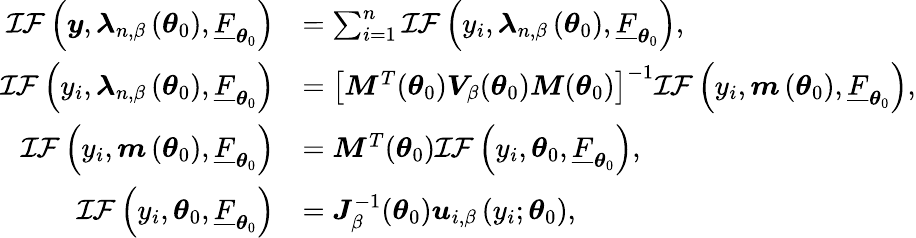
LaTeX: \begin{array}{rl}{\mathcal{IF}\left(\boldsymbol{y},\boldsymbol{\lambda}_{n,\beta}\left(\boldsymbol{\theta}_{0}\right),\underline{{F}}_{\boldsymbol{\theta}_{0}}\right)}&{=\sum_{i=1}^{n}\mathcal{IF}\left(y_{i},\boldsymbol{\lambda}_{n,\beta}\left(\boldsymbol{\theta}_{0}\right),\underline{{F}}_{\boldsymbol{\theta}_{0}}\right),}\\ {\mathcal{IF}\left(y_{i},\boldsymbol{\lambda}_{n,\beta}\left(\boldsymbol{\theta}_{0}\right),\underline{{F}}_{\boldsymbol{\theta}_{0}}\right)}&{=\left[\boldsymbol{M}^{T}(\boldsymbol{\theta}_{0})\boldsymbol{V}_{\beta}(\boldsymbol{\theta}_{0})\boldsymbol{M}(\boldsymbol{\theta}_{0})\right]^{-1}\mathcal{IF}\left(y_{i},\boldsymbol{m}\left(\boldsymbol{\theta}_{0}\right),\underline{{F}}_{\boldsymbol{\theta}_{0}}\right),}\\ {\mathcal{IF}\left(y_{i},\boldsymbol{m}\left(\boldsymbol{\theta}_{0}\right),\underline{{F}}_{\boldsymbol{\theta}_{0}}\right)}&{=\boldsymbol{M}^{T}(\boldsymbol{\theta}_{0})\mathcal{IF}\left(y_{i},\boldsymbol{\theta}_{0},\underline{{F}}_{\boldsymbol{\theta}_{0}}\right),}\\ {\mathcal{IF}\left(y_{i},\boldsymbol{\theta}_{0},\underline{{F}}_{\boldsymbol{\theta}_{0}}\right)}&{=\boldsymbol{J}_{\beta}^{-1}(\boldsymbol{\theta}_{0})\boldsymbol{u}_{i,\beta}\left(y_{i};\boldsymbol{\theta}_{0}\right),}\end{array}